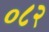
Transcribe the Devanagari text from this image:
०८२